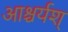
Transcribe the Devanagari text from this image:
आश्चर्यश्